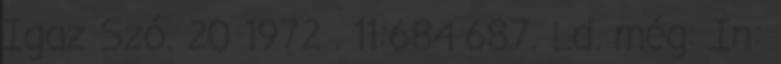
Igaz Szó. 20 1972 . 11:684-687. Ld. még: In: